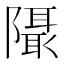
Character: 𱀹